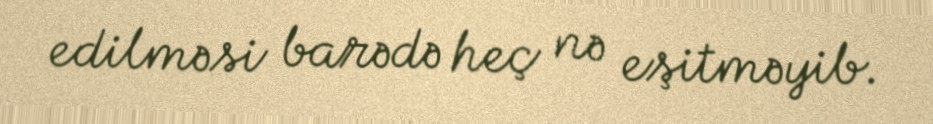
edilməsi barədə heç nə eşitməyib.